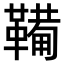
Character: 𫖉